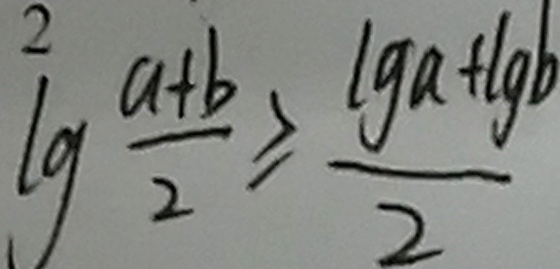
\lg \frac { a + b } { 2 } \geq \frac { \lg a + \lg b } { 2 }